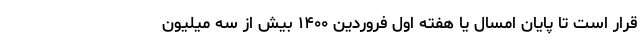
قرار است تا پایان امسال یا هفته اول فروردین ۱۴۰۰ بیش از سه میلیون